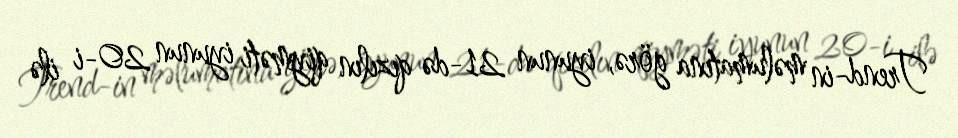
Trend-in məlumatına görə, iyunun 21-də qızılın qiyməti iyunun 20-i ilə